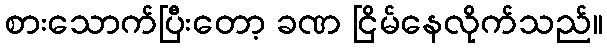
စားသောက်ပြီးတော့ ခဏ ငြိမ်နေလိုက်သည်။